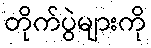
တိုက်ပွဲများကို